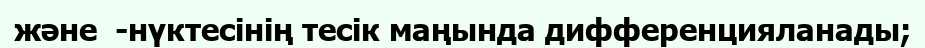
және  -нүктесінің тесік маңында дифференцияланады;